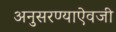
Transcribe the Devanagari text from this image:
अनुसरण्‍याऐवजी